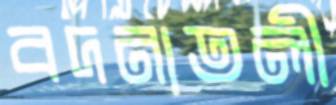
বদনাতলী